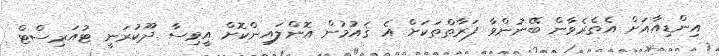
އިންޑިއާއަށް އެތެރެވާން ބޭނުންވާ ފަރާތްތަކަށް އެ ޤައުމުން އޮންލައިންކޮށް އީވިސާ ދޫކުރަނީ ޓުއަރިސްޓް